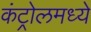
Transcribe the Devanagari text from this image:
कंट्रोलमध्ये